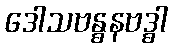
ဒေါသဗန္ဓနဗဒ္ဓါ